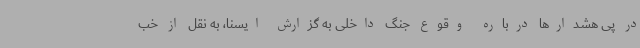
در پی هشدارها درباره  وقوع جنگ داخلی به گزارش ایسنا، به نقل از خب